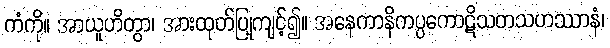
ကံကို။ အာယူဟိတွာ၊ အားထုတ်ပြုကျင့်၍။ အနေကာနိကပ္ပကောဋိသတသဟဿာနံ၊